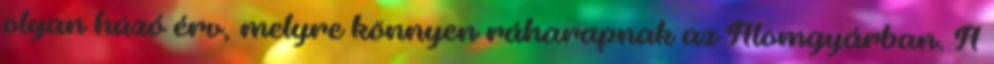
olyan húzó érv, melyre könnyen ráharapnak az Álomgyárban. A